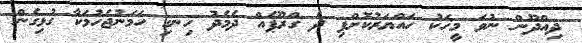
ދިއްދޫން ނުވަ މީހަކު ހައްޔަރުކޮށްފި ދެ ގްރޫޕެއް ދެމެދު ހިނގި ހަމަނުޖެހުމަކާ ގުޅިގެން